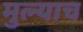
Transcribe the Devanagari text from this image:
मुल्याच